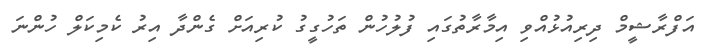
އަފްރާޝީމް ދިރިއުޅުއްވި އިމާރާތުގައި ފުލުހުން ތަހުގީގު ކުރިއަށް ގެންދާ އިރު ކެމިކަލް ހުންނަ